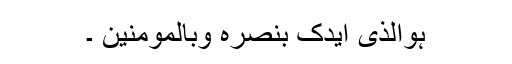
ہوالذی ایّدک بنصرہ وبالمومنین ۔